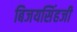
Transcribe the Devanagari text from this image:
बिजयसिंहजी